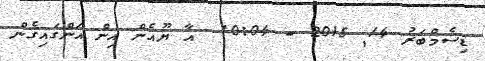
ޑިސެމްބަރު 14